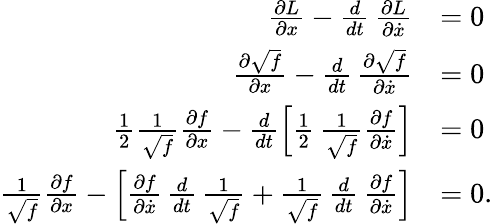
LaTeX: \begin{array}{rl}{\frac{\partial L}{\partial x}-\frac{d}{dt}\, \frac{\partial L}{\partial\dot{x}}}&{=0}\\ {\frac{\partial\sqrt{f}}{\partial x}-\frac{d}{dt}\, \frac{\partial\sqrt{f}}{\partial\dot{x}}}&{=0}\\ {\frac 12\frac{1}{\sqrt{f}}\frac{\partial f}{\partial x}-\frac{d}{dt}\left[\frac 12\, \frac{1}{\sqrt{f}}\frac{\partial f}{\partial\dot{x}}\right]}&{=0}\\ {\frac{1}{\sqrt{f}}\frac{\partial f}{\partial x}-\left[\frac{\partial f}{\partial\dot{x}}\, \frac{d}{dt}\, \frac{1}{\sqrt{f}}+\frac{1}{\sqrt{f}}\, \frac{d}{dt}\, \frac{\partial f}{\partial\dot{x}}\right]}&{=0.}\end{array}